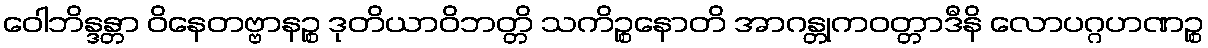
ဝေါဘိန္ဒန္တာ ဝိနေတဗ္ဗာနဉ္စ ဒုတိယာဝိဘတ္တိ သကိဉ္စနောတိ အာဂန္တုကဝတ္တာဒီနိ လောပဂ္ဂဟဏဉ္စ